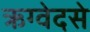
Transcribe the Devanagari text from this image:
ऋग्वेदसे